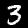
Label: 3